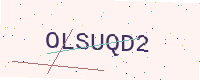
Text: OLSUQD2